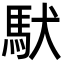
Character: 䭾